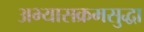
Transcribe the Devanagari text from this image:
अभ्यासक्रमसुद्धा